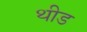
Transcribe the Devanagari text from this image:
थीड